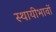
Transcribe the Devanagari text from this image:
स्थायीभावों